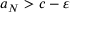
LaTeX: a _ { N } > c - \varepsilon